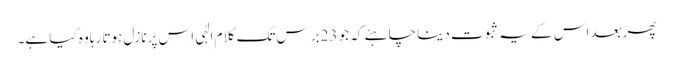
پھر بعد اس کے یہ ثبوت دینا چاہئے کہ جو 23برس تک کلام الٰہی اس پر نازل ہوتا رہا وہ کیا ہے۔